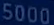
5000